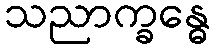
သညာက္ခန္ဓေ